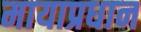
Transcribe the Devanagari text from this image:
मायाप्रधान